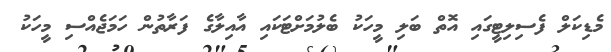
މެޑިކަލް ފެސިލިޓީގައި އޮތްް ބަލި މީހަކު ބެލުމަށްޓަކައި އާއިލާގެ ފަރާތުން ހަމަޖެއްސި މީހަކު